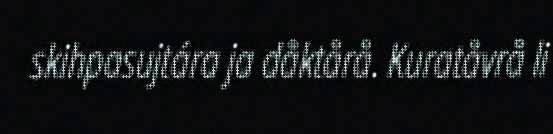
skihpasujtára ja dåktårå. Kuratåvrå li